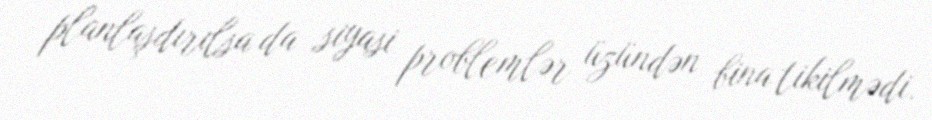
planlaşdırılsa da siyasi problemlər üzündən bina tikilmədi.